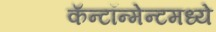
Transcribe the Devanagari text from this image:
कॅन्टॉन्मेन्टमध्ये